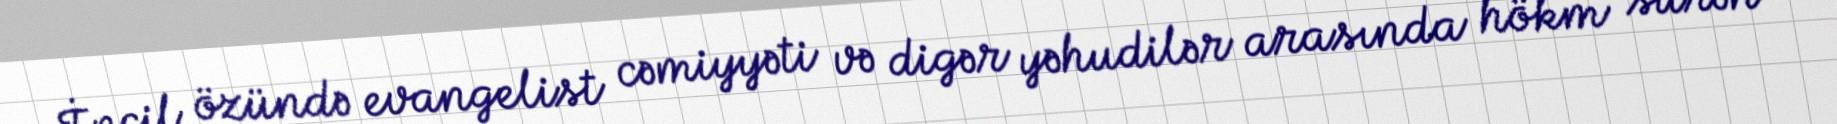
İncil özündə evangelist cəmiyyəti və digər yəhudilər arasında hökm sürən